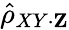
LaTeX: {\hat{\rho}}_{XY\cdot\mathbf{Z}}